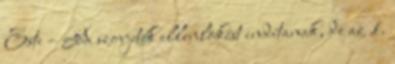
Este – A szovjetek ellenlökést indítanak, de az 1.